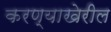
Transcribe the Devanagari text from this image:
करण्याखेरील